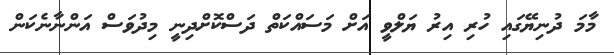
މާމަ ދުނިޔޭގައި ހުރި އިރު ޔަލްވީ އަށް މަސައްކަތް ދަސްކޮށްދިނީ މިދުވަސް އަންނާނެކަން